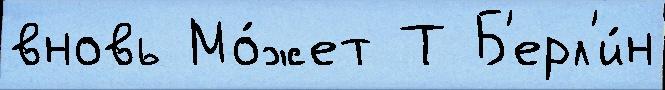
вновь Мо́жет Т Б'ерл'и́н